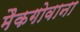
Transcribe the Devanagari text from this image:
मैकगोवाना